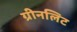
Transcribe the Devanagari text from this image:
ग्रीनलिट